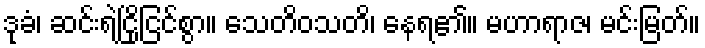
ဒုခံ၊ ဆင်းရဲငြိုငြင်စွာ။ သေတိဝသတိ၊ နေရ၏။ မဟာရာဇ၊ မင်းမြတ်။